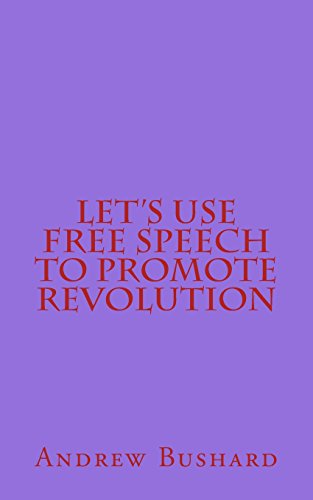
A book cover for Let's Use Free Speech to Promote Revolution; Andrew Bushard; Teen & Young Adult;